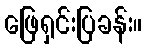
ဖြေရှင်းပြခန်း။